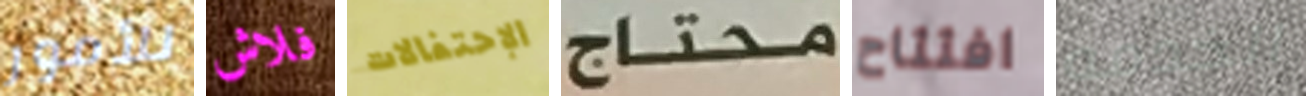
للأمور فلاش الإحتفالات محتاج افتتاح الخدمه